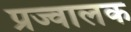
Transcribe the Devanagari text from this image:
प्रज्वालक